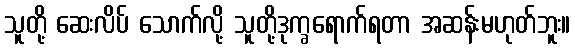
သူတို့ ဆေးလိပ် သောက်လို့ သူတို့ဒုက္ခရောက်ရတာ အဆန်းမဟုတ်ဘူး။